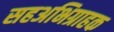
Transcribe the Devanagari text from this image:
सहअभिग्राहक